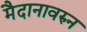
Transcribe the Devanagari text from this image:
मैदानावरुन